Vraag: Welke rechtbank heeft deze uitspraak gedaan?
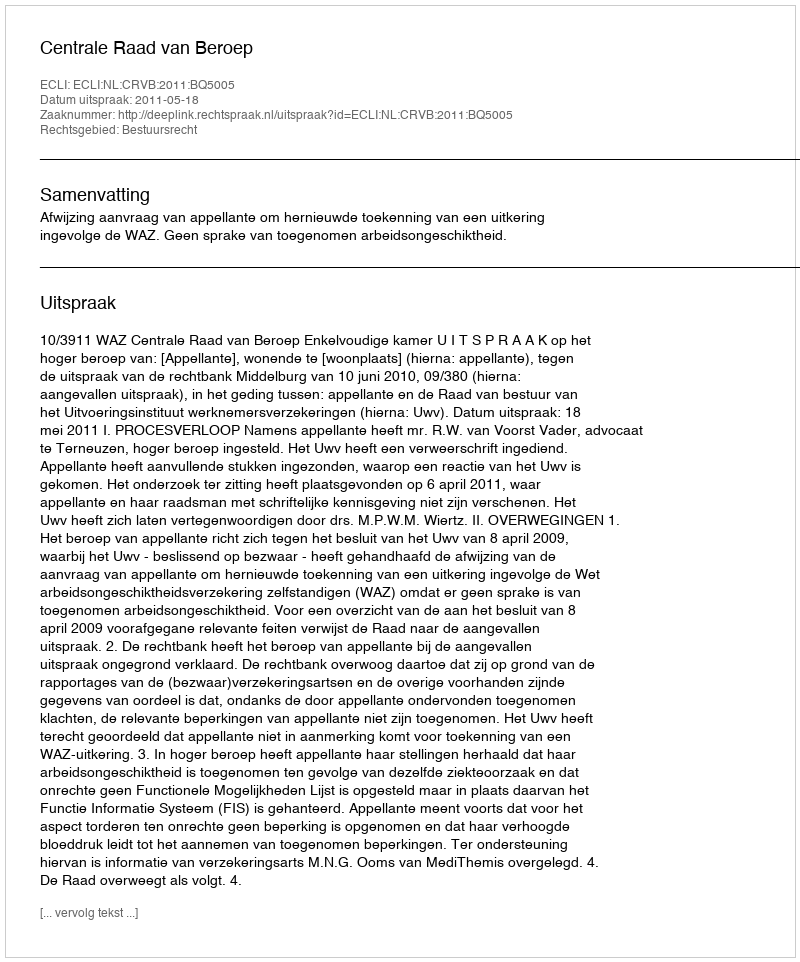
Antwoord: Centrale Raad van Beroep